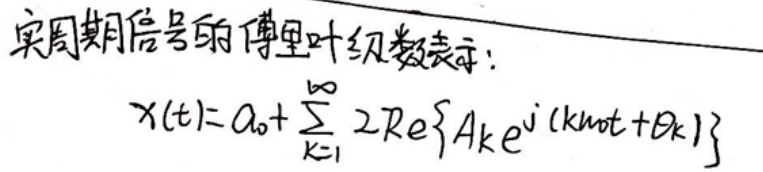
实周期信号的傅里叶级数表示：
\[
x(t)=a_0 + \sum_{k = 1}^{\infty} 2\mathrm{Re}\left\{A_k e^{j(\omega_0kt+\theta_k)}\right\}
\]